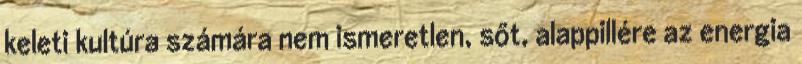
keleti kultúra számára nem ismeretlen, sőt, alappillére az energia